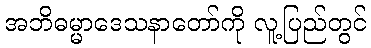
အဘိဓမ္မာဒေသနာတော်ကို လူ့ပြည်တွင်